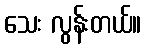
သေး လွန်းတယ်။